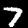
Label: 7